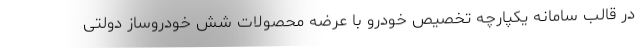
در قالب سامانه یکپارچه تخصیص خودرو با عرضه محصولات شش خودروساز دولتی